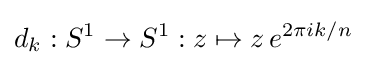
d_{k}:S^{1}\rightarrow S^{1}:z\mapsto z\,e^{2\pi ik/n}